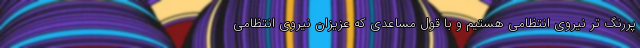
پررنگ تر نیروی انتظامی هستیم و با قول مساعدی که عزیزان نیروی انتظامی